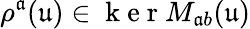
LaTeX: \rho^{\mathfrak{a}}(\mathfrak{{u}})\in\mathrm{{~k~e~r~}}M_{\mathfrak{a}b}(\mathfrak{{u}})